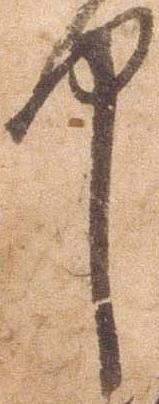
中